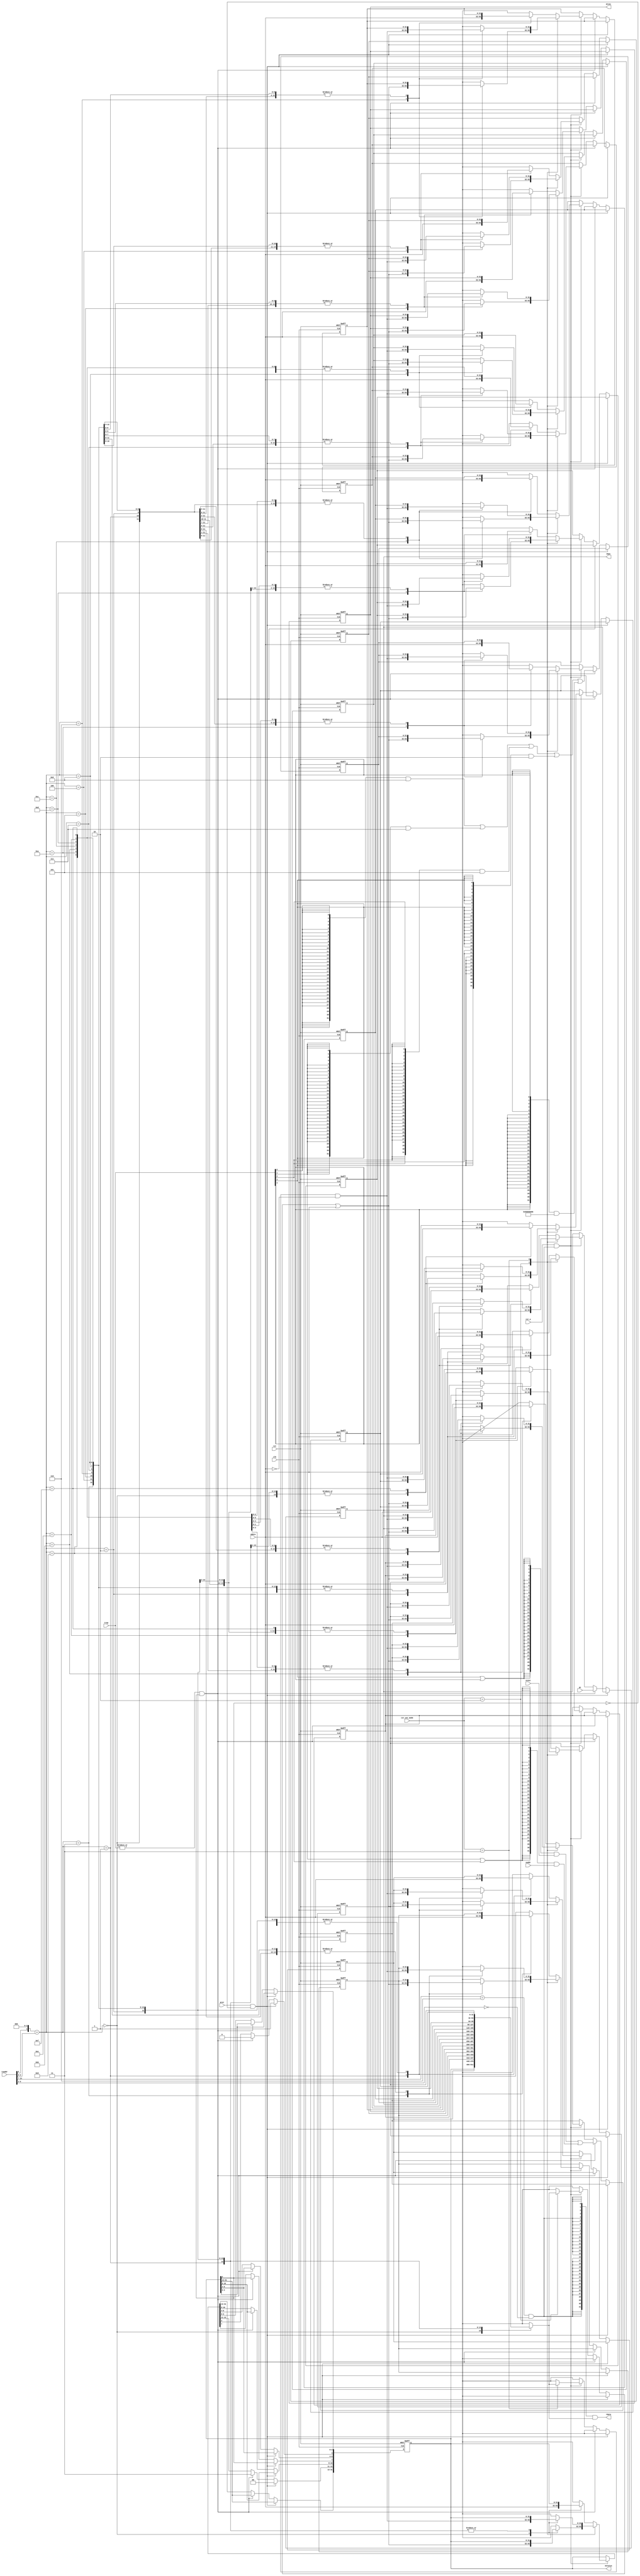
`timescale 1ns / 1ps

module CSRRegs(
    input clk, rst,
    input[4:0] trap,
    input mret,
    input[11:0] rwaddr,
    input[31:0] wdata, pc, einst, eaddr,
    input csr_w,
    input[1:0] csr_wsc_mode,
    output[31:0] rdata, mtvec, mepc, mstatus
);
    // You may need to modify this module for better efficiency
    
    reg[31:0] CSR [0:15];
    // Address mapping. The address is 12 bits, but only 4 bits are used in this module.
    wire rwaddr_valid = rwaddr[11:7] == 5'h6 && rwaddr[5:3] == 3'h0;
    wire[3:0] rwaddr_map = (rwaddr[6] << 3) + rwaddr[2:0];

    assign mstatus = CSR[0];
    assign mtvec = CSR[5];
    assign mepc = CSR[9];

    assign rdata = {32{rwaddr_valid}} & CSR[rwaddr_map];

    always@(posedge clk or posedge rst) begin
        if(rst) begin
			CSR[0] <= 32'h88;   // mstatus
			CSR[1] <= 0;
			CSR[2] <= 0;
			CSR[3] <= 0;
			CSR[4] <= 0;
			CSR[5] <= 0;        // mtvec
			CSR[6] <= 0;       
			CSR[7] <= 0;
			CSR[8] <= 0;
			CSR[9] <= 0;        // mepc
			CSR[10] <= 0;       // mcause
			CSR[11] <= 0;       // mtval
			CSR[12] <= 32'habcd; 
			CSR[13] <= 0;
			CSR[14] <= 0;
			CSR[15] <= 0;
		end
		else if(mret & ~mstatus[3]) begin
		    CSR[0][7] <= CSR[0][3];   // mpie <- mie
		    CSR[0][3] <= 1'b1;   // mie <- 1
		    CSR[0][12:11] <= 2'b00;   // mpp <- 00
		end
		else if((|trap) & mstatus[3]) begin
		    CSR[0][7] <= CSR[0][3];   // mpie <- mie
		    CSR[0][3] <= 1'b0;   // mie <- 1
		    CSR[0][12:11] <= 2'b11;   // mpp <- 11
		    CSR[9] <= pc;    // mepc <- pc
		    CSR[10] <= {32{trap[0]}} & 32'h00000008 | 
		               {32{trap[1]}} & 32'h00000007 |
		               {32{trap[2]}} & 32'h00000005 |
		               {32{trap[3]}} & 32'h00000002 |
		               {32{trap[4]}} & 32'h8000000b ; // mcause
		    CSR[11] <= {32{trap[3] | trap[4]}} & einst |
		               {32{trap[1] | trap[2]}}           & eaddr ;    // mtval
		end
        else if(csr_w & rwaddr_valid) begin
            case(csr_wsc_mode)
                2'b01: CSR[rwaddr_map] = wdata;
                2'b10: CSR[rwaddr_map] = CSR[rwaddr_map] | wdata;
                2'b11: CSR[rwaddr_map] = CSR[rwaddr_map] & ~wdata;
                default: CSR[rwaddr_map] = wdata;
            endcase            
        end
    end
endmodule